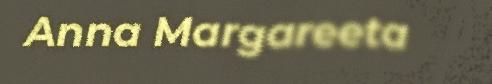
Anna Margareeta